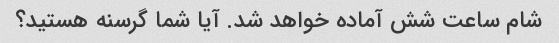
شام ساعت شش آماده خواهد شد. آیا شما گرسنه هستید؟